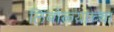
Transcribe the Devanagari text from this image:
लिंबोळ्याच्या